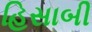
હિસાબી